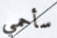
سأحمي